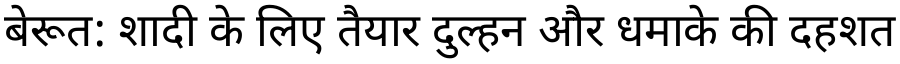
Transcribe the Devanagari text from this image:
बेरूत: शादी के लिए तैयार दुल्हन और धमाके की दहशत